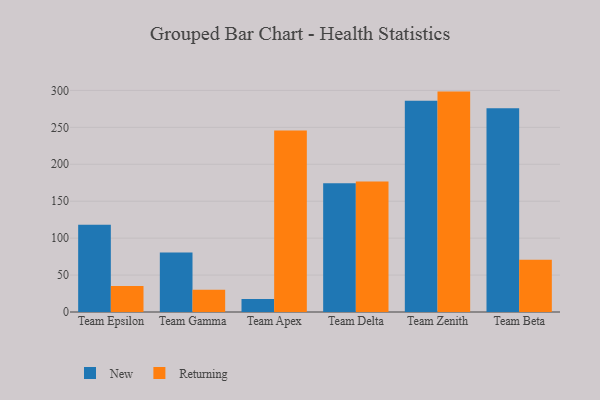
{"axis": {"x": "Team", "y": "Temperature (°C)"}, "legend": ["New", "Returning"], "data": [{"x": "Team Epsilon", "y": 118.1, "type": "New"}, {"x": "Team Epsilon", "y": 35.2, "type": "Returning"}, {"x": "Team Gamma", "y": 80.5, "type": "New"}, {"x": "Team Gamma", "y": 30.0, "type": "Returning"}, {"x": "Team Apex", "y": 17.6, "type": "New"}, {"x": "Team Apex", "y": 245.7, "type": "Returning"}, {"x": "Team Delta", "y": 174.4, "type": "New"}, {"x": "Team Delta", "y": 176.7, "type": "Returning"}, {"x": "Team Zenith", "y": 286.1, "type": "New"}, {"x": "Team Zenith", "y": 298.4, "type": "Returning"}, {"x": "Team Beta", "y": 275.7, "type": "New"}, {"x": "Team Beta", "y": 70.8, "type": "Returning"}]}